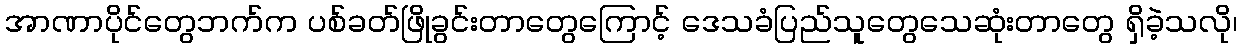
အာဏာပိုင်တွေဘက်က ပစ်ခတ်ဖြိုခွင်းတာတွေကြောင့် ဒေသခံပြည်သူတွေသေဆုံးတာတွေ ရှိခဲ့သလို၊